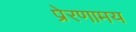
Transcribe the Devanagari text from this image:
प्रेरणामय